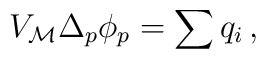
V_{\cal M} \Delta_p \phi_p = \sum q_i\,,